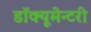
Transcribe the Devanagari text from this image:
डॉक्यूमेन्टरी